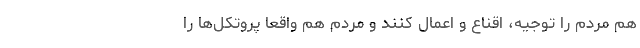
هم مردم را توجیه، اقناع و اعمال کنند و مردم هم واقعا پروتکل‌ها را